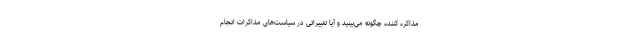
مذاکره کننده چگونه می‌بینید و آیا تغییراتی در سیاست‌های مذاکرات انجام